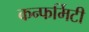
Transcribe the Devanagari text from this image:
कन्फर्मिटी